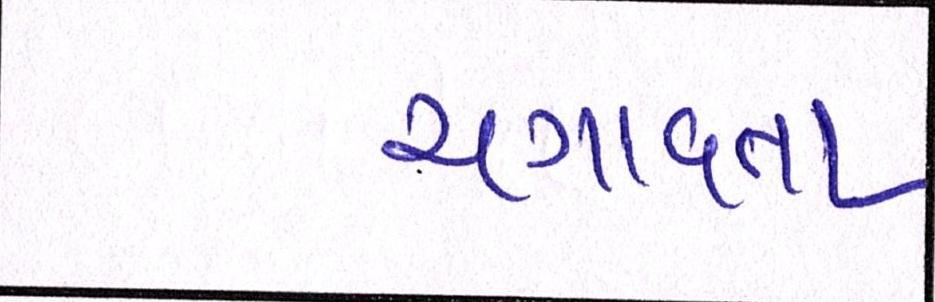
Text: ચગાવતા